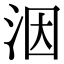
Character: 洇